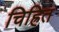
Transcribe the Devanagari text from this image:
चिह्रित